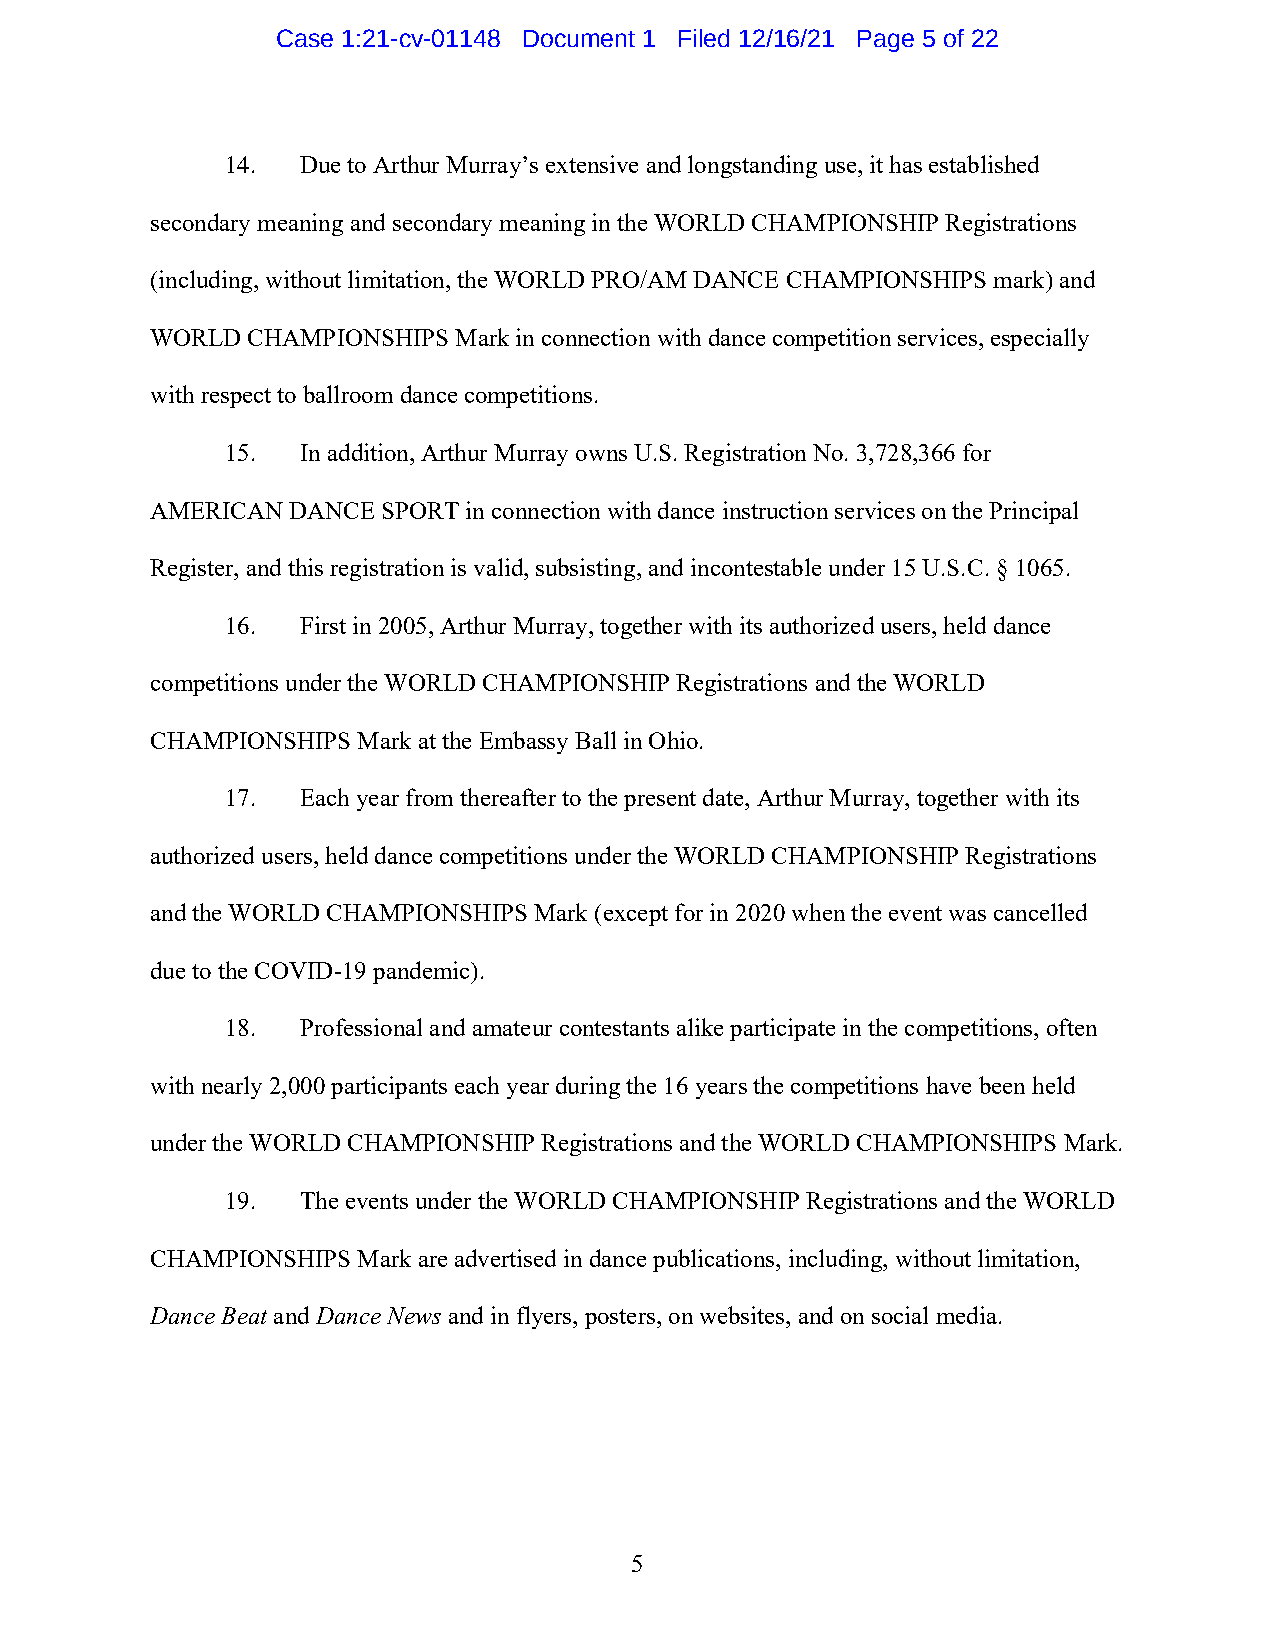
Case 1:21-cv-01148 Document 1 Filed 12/16/21 Page 5 of 22
 14.  Due to Arthur Murray’s extensive and longstanding use, it has established
 secondary meaning and secondary meaning in the WORLD CHAMPIONSHIP Registrations
 (including, without limitation, the WORLD PRO/AM DANCE CHAMPIONSHIPS mark) and
 WORLD CHAMPIONSHIPS Mark in connection with dance competition services, especially
 with respect to ballroom dance competitions.
 15.  In addition, Arthur Murray owns U.S. Registration No. 3,728,366 for
 AMERICAN DANCE SPORT in connection with dance instruction services on the Principal
 Register, and this registration is valid, subsisting, and incontestable under 15 U.S.C. § 1065.
 16.  First in 2005, Arthur Murray, together with its authorized users, held dance
 competitions under the WORLD CHAMPIONSHIP Registrations and the WORLD
 CHAMPIONSHIPS Mark at the Embassy Ball in Ohio.
 17.  Each year from thereafter to the present date, Arthur Murray, together with its
 authorized users, held dance competitions under the WORLD CHAMPIONSHIP Registrations
 and the WORLD CHAMPIONSHIPS Mark (except for in 2020 when the event was cancelled
 due to the COVID-19 pandemic).
 18.  Professional and amateur contestants alike participate in the competitions, often
 with nearly 2,000 participants each year during the 16 years the competitions have been held
 under the WORLD CHAMPIONSHIP Registrations and the WORLD CHAMPIONSHIPS Mark.
 19.  The events under the WORLD CHAMPIONSHIP Registrations and the WORLD
 CHAMPIONSHIPS Mark are advertised in dance publications, including, without limitation,
 Dance Beat and Dance News and in flyers, posters, on websites, and on social media.
 5